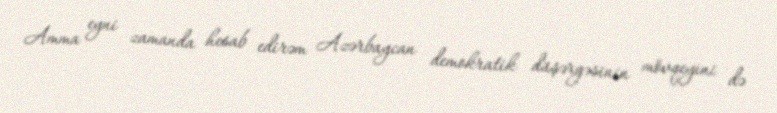
Amma eyni zamanda hesab edirəm Azərbaycan demokratik düşərgəsinin mövqeyini də